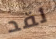
لقد